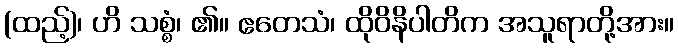
(ထည့်)၊ ဟိ သစ္စံ၊ ၏။ ဧတေသံ၊ ထိုဝိနိပါတိက အသူရာတို့အား။